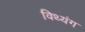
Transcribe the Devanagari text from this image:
विथ्यंग